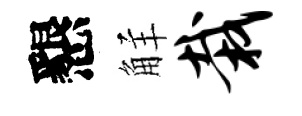
懇觧栽